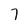
Character: 7